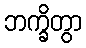
ဘက္ခိတွာ